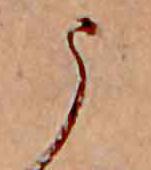
う